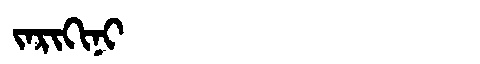
Manchu: ᠵᠠᡵᡳᡴᡳᠨᡳ
Romanization: JARIKINI